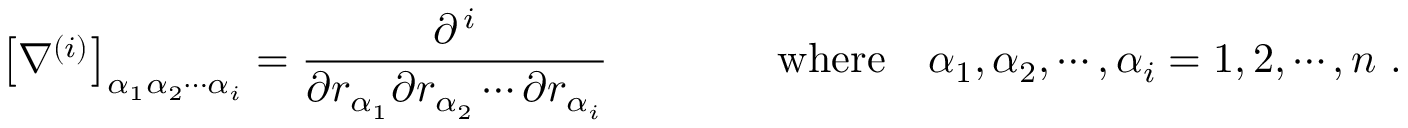
\left[ \nabla ^ { ( i ) } \right] _ { \alpha _ { 1 } \alpha _ { 2 } \cdots \alpha _ { i } } = { \frac { \partial ^ { \, i } } { \partial r _ { \alpha _ { 1 } } \partial r _ { \alpha _ { 2 } } \cdots \partial r _ { \alpha _ { i } } } } \qquad \qquad { \mathrm { w h e r e } } \quad \alpha _ { 1 } , \alpha _ { 2 } , \cdots , \alpha _ { i } = 1 , 2 , \cdots , n \ .